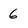
Character: 6